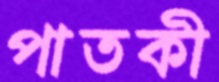
পাতকী